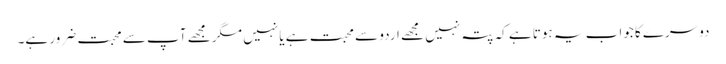
دوسرے کا جواب یہ ہوتا ہے کہ پتہ نہیں مجھے اردو سے محبت ہے یا نہیں مگر مجھے آپ سے محبت ضرور ہے۔